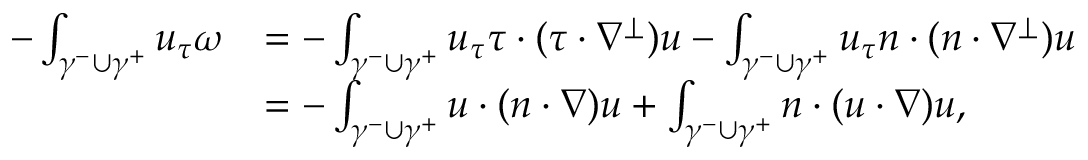
\begin{array} { r l } { - \int _ { \gamma ^ { - } \cup \gamma ^ { + } } u _ { \tau } \omega } & { = - \int _ { \gamma ^ { - } \cup \gamma ^ { + } } u _ { \tau } \tau \cdot ( \tau \cdot \nabla ^ { \perp } ) u - \int _ { \gamma ^ { - } \cup \gamma ^ { + } } u _ { \tau } n \cdot ( n \cdot \nabla ^ { \perp } ) u } \\ & { = - \int _ { \gamma ^ { - } \cup \gamma ^ { + } } u \cdot ( n \cdot \nabla ) u + \int _ { \gamma ^ { - } \cup \gamma ^ { + } } n \cdot ( u \cdot \nabla ) u , } \end{array}